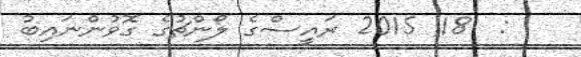
:  18